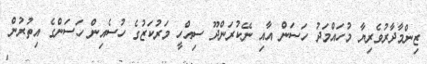
ޒިންމާދާރުވެރިޔާ މުހައްމަދު ހަސަން އާއި ނޭކުރަންދޫ ސިއްހީ މަރުކަޒުގެ ހުސެއިން ހަސަންގެ އިތުރުން